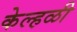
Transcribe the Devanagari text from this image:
केल्हळी